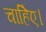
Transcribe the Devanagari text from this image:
चाहिेए।